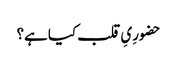
حضورِیِ قلب کیا ہے؟